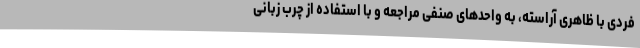
فردی با ظاهری آراسته، به واحدهای صنفی مراجعه و با استفاده از چرب زبانی